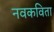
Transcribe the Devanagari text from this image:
नवकविता